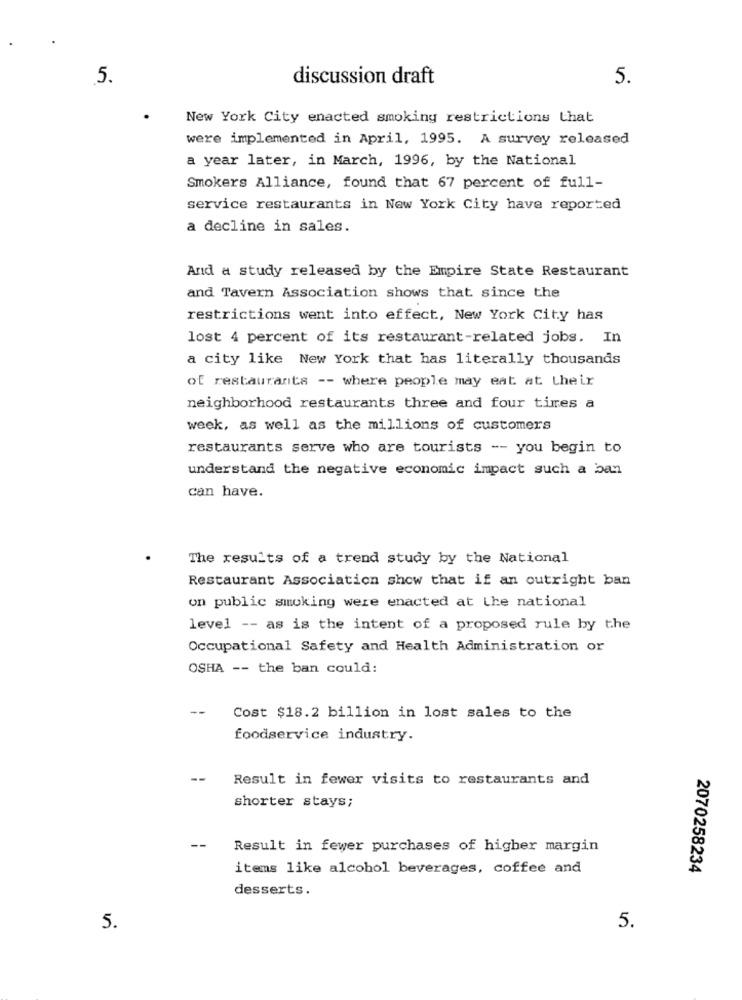
5
discussion draft
5.
New York City enacted smoking restrictions that
were implemented in April, 1995. A survey released
a year later, in March, 1996, by the National
Smokers Alliance, found that 67 percent of full-
service restaurants in New York City have reported
a decline in sales.
And a study released by the Empire State Restaurant
and Tavern Association shows that since the
restrictions went into effect, New York City has
lost 4 percent of its restaurant-related jobs. In
a city like New York that has literally thousands
of restaurants -- where people may eat at their
neighborhood restaurants three and four times a
week, as well as the millions of customers
restaurants serve who are tourists -- you begin to
understand the negative economic impact such a ban
can have.
The results of a trend study by the National
Restaurant Association show that if an outright ban
on public smoking were enacted at the national
level -- as is the intent of a proposed rule by the
Occupational Safety and Health Administration or
OSHA -- the ban could:
Cost $18.2 billion in lost sales to the
foodservice industry.
Result in fewer visits to restaurants and
shorter stays;
Result in fewer purchases of higher margin
items like alcohol beverages, coffee and
2070258234
desserts.
5.
5.